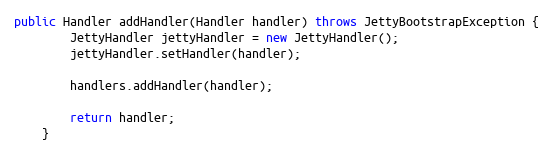
Language: Java
public Handler addHandler(Handler handler) throws JettyBootstrapException {
        JettyHandler jettyHandler = new JettyHandler();
        jettyHandler.setHandler(handler);

        handlers.addHandler(handler);

        return handler;
    }